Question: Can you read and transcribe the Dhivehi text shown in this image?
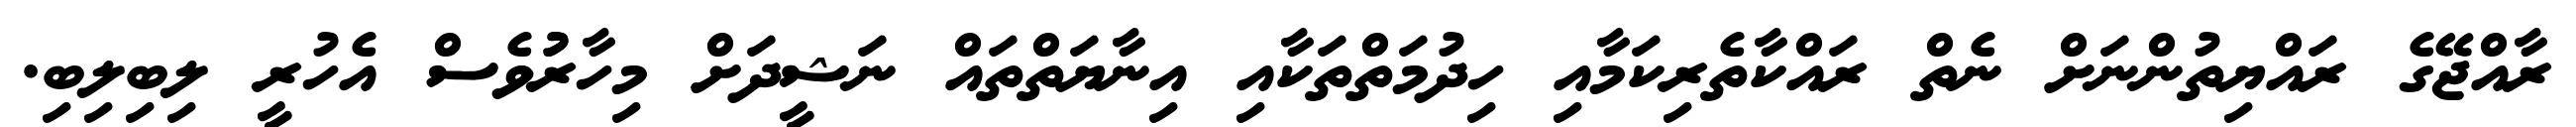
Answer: ރާއްޖޭގެ ރައްޔިތުންނަށް ނެތް ރައްކާތެރިކަމާއި ހިދުމަތްތަކާއި އިނާޔަތްތައް ނަޝީދަށް މިހާރުުވެސް އެހުރީ ލިބިލިބި.